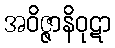
အဝိဇ္ဇာနိဝုဋာ